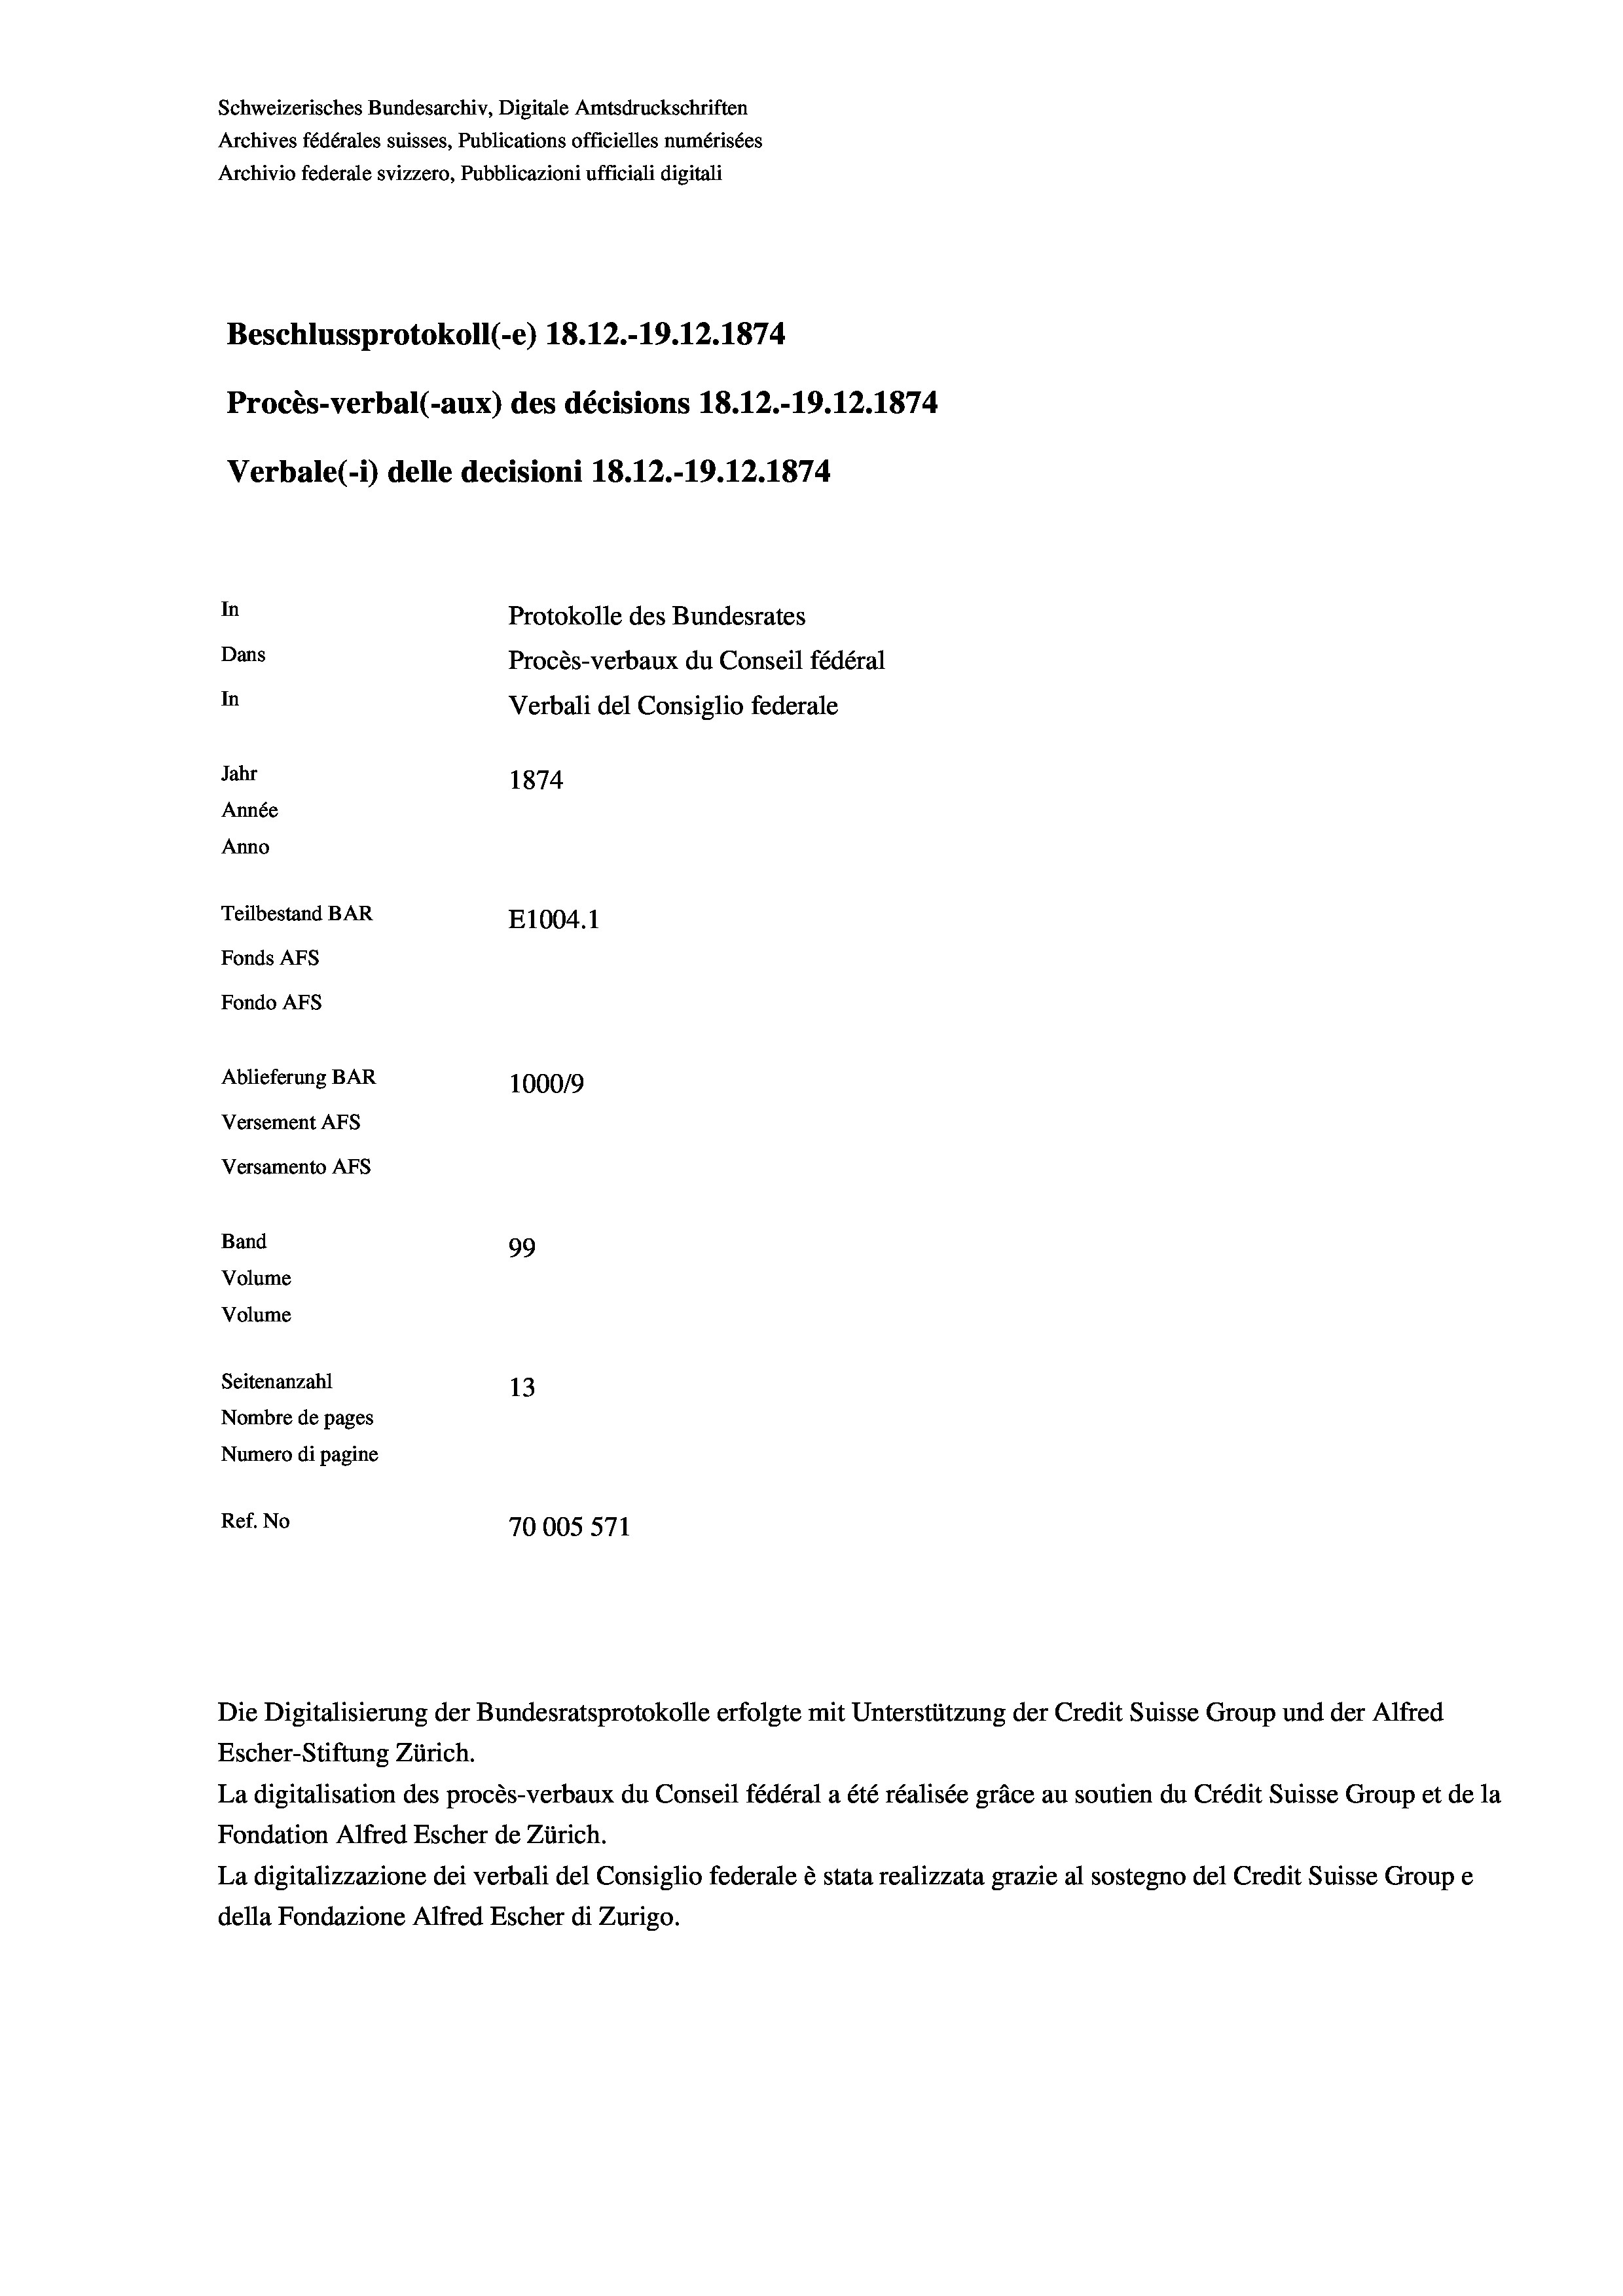
Schweizerisches Bundesarchiv, Digitale Amtsdruckschriften
Archives fédérales suisses, Publications officielles numérisées
Archivio federale svizzero, Pubblicazioni ufficiali digitali
Beschlussprotokoll (-e) 18.12.-19.12.1874
Procès-verbal (-aux) des décisions 18. 12.-19.12.1874
Verbale(-*) delle decisioni 18. 12.-19.12.1874
In
Protokolle des Bundesrates
Dans
Procès-verbaux du Conseil fédéral
In
Verbali del Consiglio federale
Jahr
1874
Année
Anno
Teilbestand BAR
E1004.1
Fonds AFs
Fondo AFs
Ablieferung BAR
100019
Versement AFs
Versamento AFs
Band
99
Volume
Volume
Seitenanzahl
13
Nombre de pages
Numero di pagine
Ref. No
70005571

Die Digitalisierung der Bundesratsprotokolle erfolgte mit Unterstützung der Credit Suisse Group und der Alfred
Escher-Stiftung Zürich.
La digitalisation des procès-verbaux du Conseil fédéral a été réalisée gräce au soutien du Crédit Suisse Group et de la
Fondation Alfred Escher de Zürich.
La digitalizzazione dei verbali del Consiglio federale è stata realizzata grazie al sostegno del Credit Suisse Groupe
della Fondazione Alfred Escher di Zurigo.